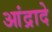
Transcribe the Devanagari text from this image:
आंद्रादे